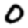
Digit: 0